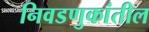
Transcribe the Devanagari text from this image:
निवडणुकांतील